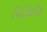
વિકિસીક